Annual report on the Civil Veterinary Department, Burma (including the Insein Veterinary School) - 1932-1941
Year: 1932
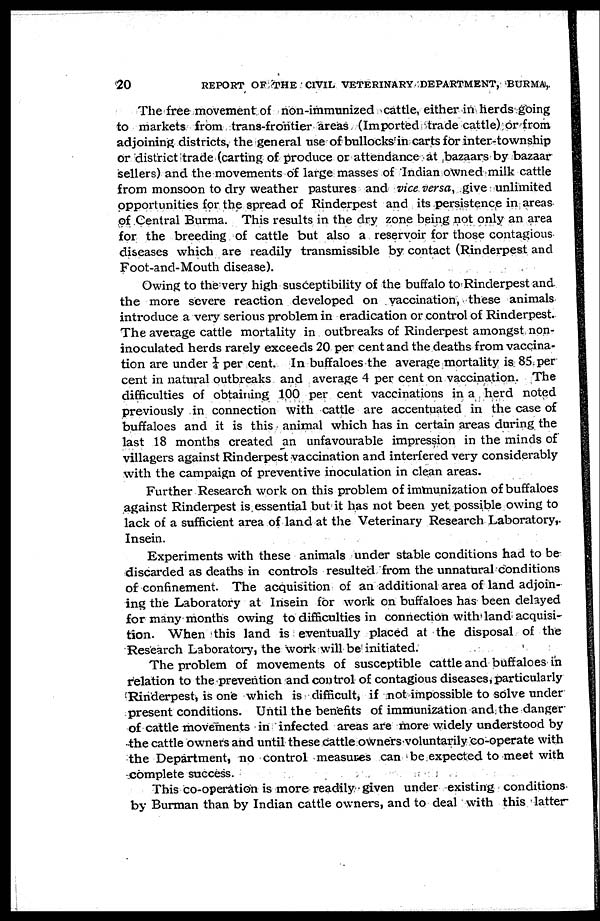
20
REPORT OF THE CIVIL VETERINARY DEPARTMENT, BURMA,
The free movement of non-immunized cattle, either in herds going
to markets from trans-frontier areas (Imported trade cattle) or from
adjoining districts, the general use of bullocks in carts for inter-township
or district trade (carting of produce or attendance at bazaars by bazaar
sellers) and the movements of large masses of Indian owned milk cattle
from monsoon to dry weather pastures and vice versa, give unlimited
opportunities for the spread of Rinderpest and its persistence in areas
of Central Burma. This results in the dry zone being not only an area
for the breeding of cattle but also a reservoir for those contagious
diseases which are readily transmissible by contact (Rinderpest and
Foot-and-Mouth disease).
Owing to the very high susceptibility of the buffalo to Rinderpest and
the more severe reaction developed on vaccination, these animals
introduce a very serious problem in eradication or control of Rinderpest.
The average cattle mortality in outbreaks of Rinderpest amongst non-
inoculated herds rarely exceeds 20 per cent and the deaths from vaccina-
tion are under ¼ per cent. In buffaloes the average mortality is 85 per
cent in natural outbreaks and average 4 per cent on vaccination. The
difficulties of obtaining 100 per cent vaccinations in a herd noted
previously in connection with cattle are accentuated in the case of
buffaloes and it is this animal which has in certain areas during the
last 18 months created an unfavourable impression in the minds of
villagers against Rinderpest vaccination and interfered very considerably
with the campaign of preventive inoculation in clean areas.
Further Research work on this problem of immunization of buffaloes
against Rinderpest is essential but it has not been yet possible owing to
lack of a sufficient area of land at the Veterinary Research Laboratory,
Insein.
Experiments with these animals under stable conditions had to be
discarded as deaths in controls resulted from the unnatural conditions
of confinement. The acquisition of an additional area of land adjoin-
ing the Laboratory at Insein for work on buffaloes has been delayed
for many months owing to difficulties in connection with land acquisi-
tion. When this land is eventually placed at the disposal of the
Research Laboratory, the work will be initiated.
The problem of movements of susceptible cattle and buffaloes in
relation to the prevention and control of contagious diseases, particularly
Rinderpest, is one which is difficult, if not impossible to solve under
present conditions. Until the benefits of immunization and the danger
of cattle movements in infected areas are more widely understood by
the cattle owners and until these cattle owners voluntarily co-operate with
the Department, no control measures can be expected to meet with
complete success.
This co-operation is more readily given under existing conditions
by Burman than by Indian cattle owners, and to deal with this latter